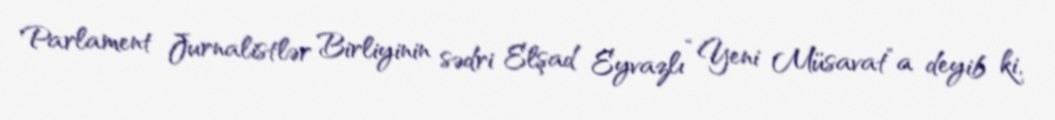
Parlament Jurnalistlər Birliyinin sədri Elşad Eyvazlı “Yeni Müsavat”a deyib ki,